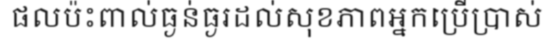
ផលប៉ះពាល់ធ្ងន់ធ្ងរដល់សុខភាពអ្នកប្រើប្រាស់